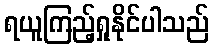
ရယူကြည့်ရှုနိုင်ပါသည်